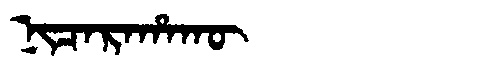
Manchu: ᠨᡳᠴᠠᡵᠠᡥᠠᡴᡡ
Romanization: NICARAHAKŪ